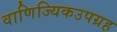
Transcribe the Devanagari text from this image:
वाणिज्यिकउपग्रह